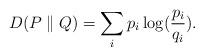
LaTeX: \begin{align*} D(P\parallel Q)=\sum_i p_i\log(\frac{p_i}{q_i}).\end{align*}